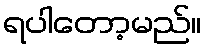
ရပါတော့မည်။